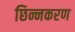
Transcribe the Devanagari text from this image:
छिन्नकरण